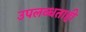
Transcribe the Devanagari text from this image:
उपलब्धताही